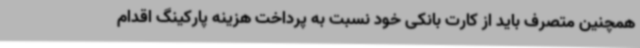
همچنین متصرف باید از کارت بانکی خود نسبت به پرداخت هزینه پارکینگ اقدام